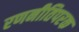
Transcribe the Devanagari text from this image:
रणनीतिपरक